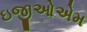
ઇજીઓએમ